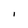
Character: i